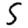
Digit: 5